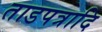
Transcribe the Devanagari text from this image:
ताडपत्रादि